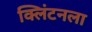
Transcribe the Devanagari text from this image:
क्लिंटनला